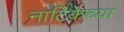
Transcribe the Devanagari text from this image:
नाटिकेच्या